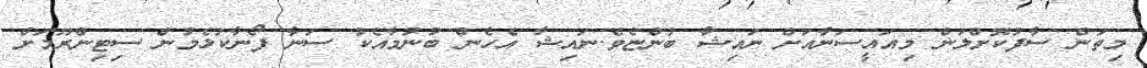
މިތަން ސާފުކޮށްލަން މިއައީސަނާއަށް ނައިޝާ ބުންޏެވެ.ނައިޝާ އެހެން ބުނުމާއެކު ސަނާ ފޯނާކުޅެމުން ސިޓިންރޫމަށް